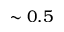
\sim 0 . 5